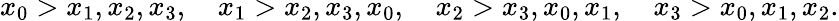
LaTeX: x_{0}>x_{1},x_{2},x_{3},\quad x_{1}>x_{2},x_{3},x_{0},\quad x_{2}>x_{3},x_{0},x_{1},\quad x_{3}>x_{0},x_{1},x_{2}.